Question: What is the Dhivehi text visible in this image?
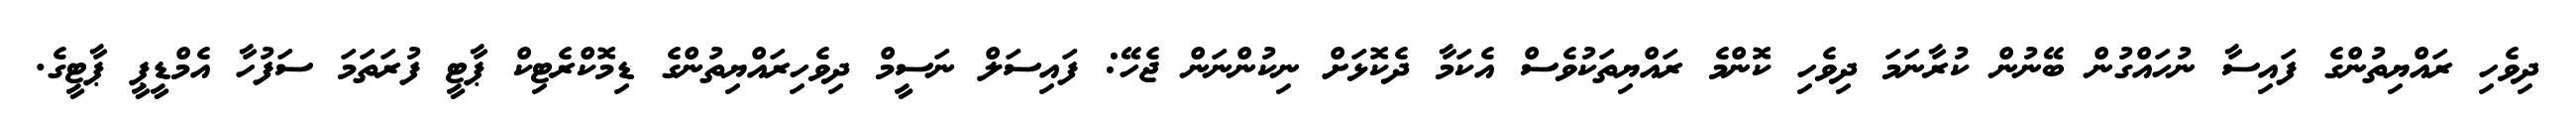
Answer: ދިވެހި ރައްޔިތުންގެ ފައިސާ ނުހައްގުން ބޭނުން ކުރާނަމަ ދިވެހި ކޮންމެ ރައްޔިތަކުވެސް އެކަމާ ދެކޮޅަށް ނިކުންނަން ޖެހޭ: ފައިސަލް ނަސީމް ދިވެހިރައްޔިތުންގެ ޑިމޮކްރެޓިކް ޕާޓީ ފުރަތަމަ ސަފުހާ އެމްޑީޕީ ޕާޓީގެ.